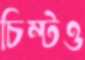
চিম্‌টও